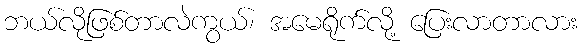
ဘယ်လိုဖြစ်တာလဲကွယ်၊ အမေရိုက်လို့ ပြေးလာတာလား